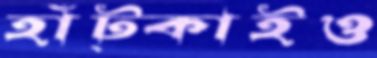
হাঁট্‌কাইও